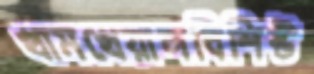
খামখেয়ালবিশিষ্ট